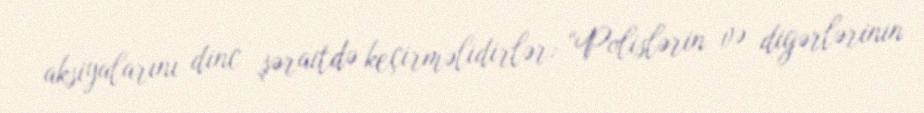
aksiyalarını dinc şəraitdə keçirməlidirlər: “Polislərin və digərlərinin